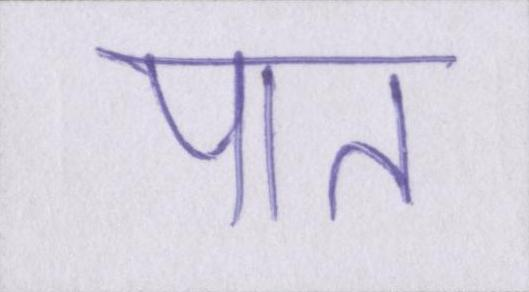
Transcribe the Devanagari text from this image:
पात